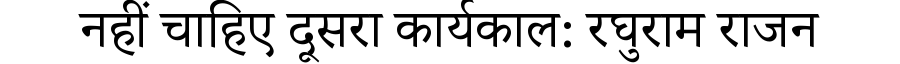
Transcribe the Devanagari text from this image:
नहीं चाहिए दूसरा कार्यकाल: रघुराम राजन